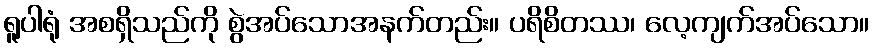
ရူပါရုံ အစရှိသည်ကို စွဲအပ်သောအနက်တည်း။ ပရိစိတဿ၊ လေ့ကျက်အပ်သော။